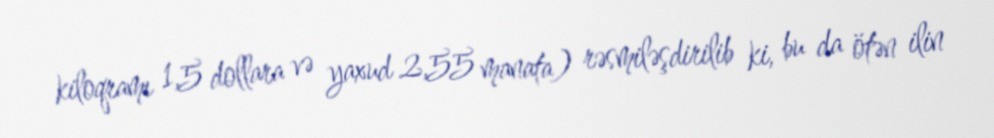
kiloqramı 1,5 dollara və yaxud 2,55 manata) rəsmiləşdirilib ki, bu da ötən ilin